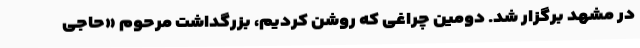
در مشهد برگزار شد. دومین چراغی که روشن کردیم، بزرگداشت مرحوم «حاجی